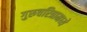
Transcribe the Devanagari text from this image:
गुरुचरित्रामध्ये